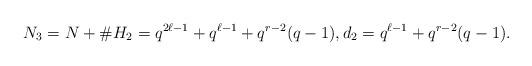
LaTeX: \begin{align*}N_3=N+\# H_2=q^{2\ell-1}+q^{\ell-1}+q^{r-2}(q-1),d_2=q^{\ell-1}+q^{r-2}(q-1).\end{align*}